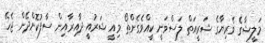
މަލީޝާގެ ވެރިޔާގެ ޝަރީއަތް ލަސްވަނީ ކީއްވެގެންތޯ މިއީ ޝަރުއީ ދާއިރާއިން ސާފުކޮށްދޭން ޖެހޭ